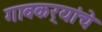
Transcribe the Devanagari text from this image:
गावकर्‍यांचे